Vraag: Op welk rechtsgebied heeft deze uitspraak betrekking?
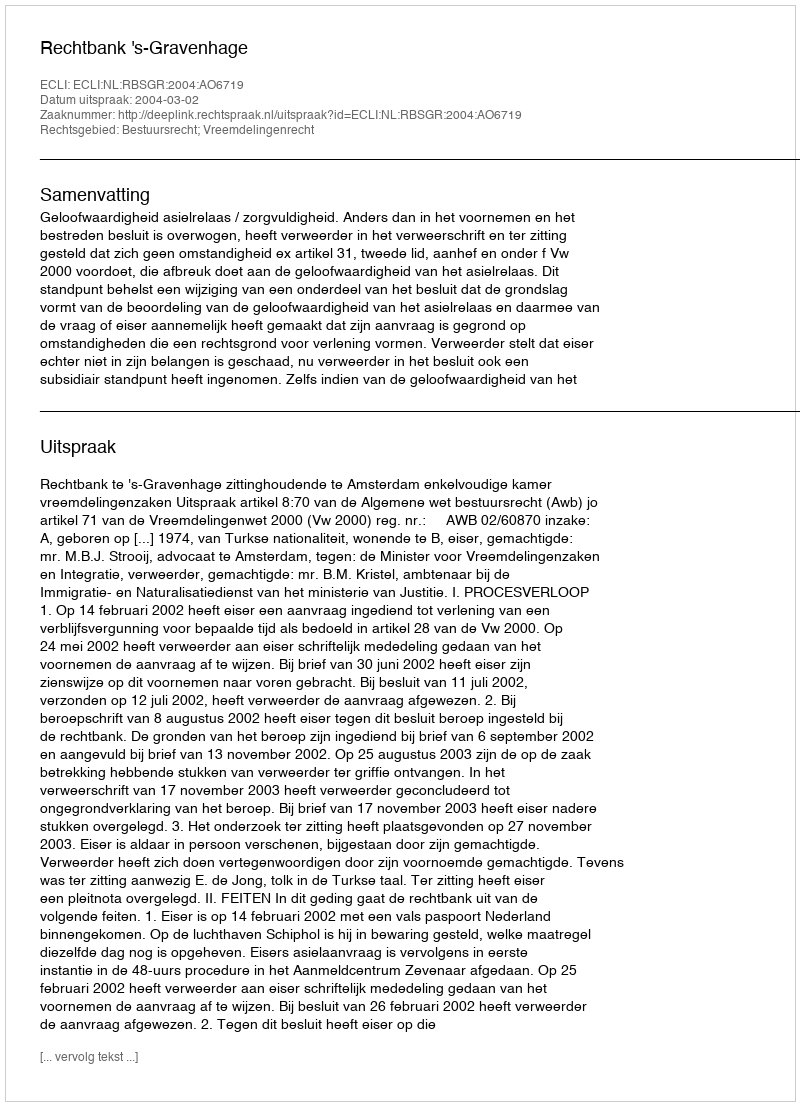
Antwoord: Bestuursrecht; Vreemdelingenrecht